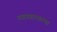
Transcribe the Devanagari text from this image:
न्यायशास्त्राचा